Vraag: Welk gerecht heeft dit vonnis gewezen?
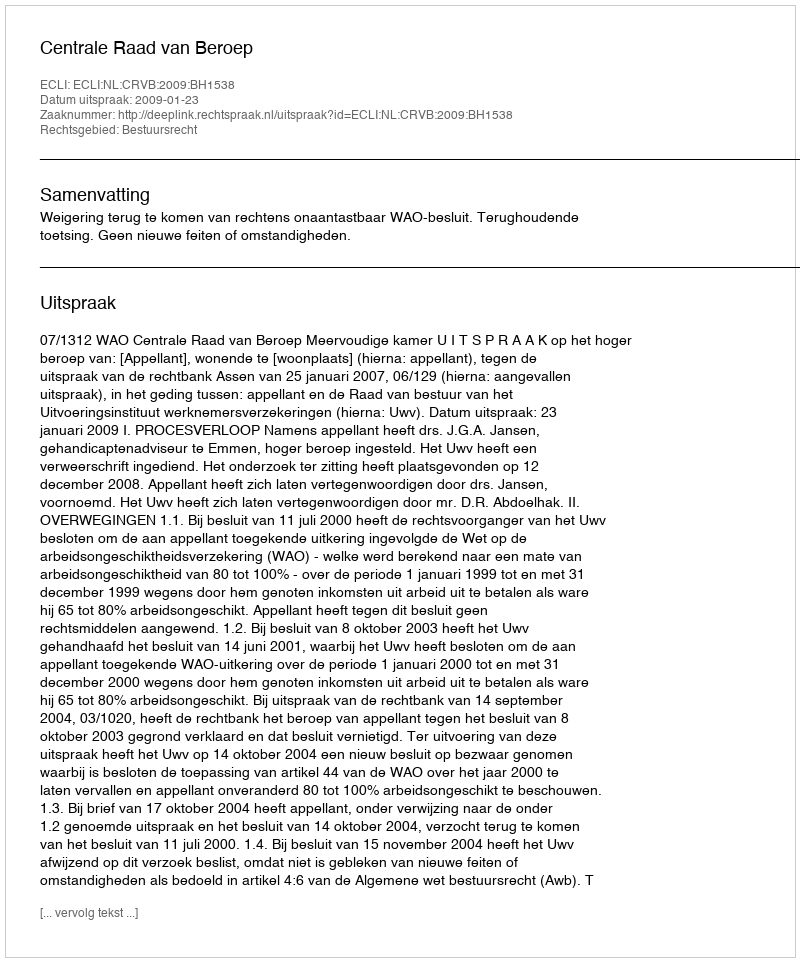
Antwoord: Centrale Raad van Beroep